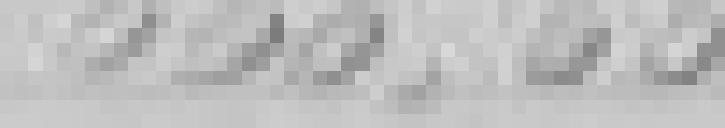
666,66